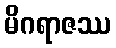
မိဂရာဇဿ